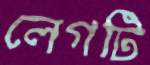
লেগটি